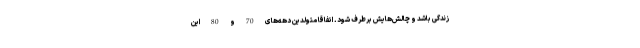
زندگی باشد و چالش‌هایش برطرف شود. اتفاقا متولدین دهه‌های 70 و 80 این